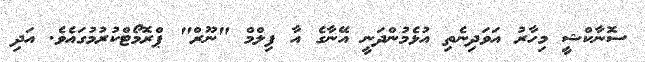
ސޮނާކްޝީ މިހާރު އަވަދިނެތި އުޅެމުންދަނީ އޭނާގެ އާ ފިލްމް "ނޫރް" ޕްރޮމޯޓްކުރުމުގައެވެ. އަދި